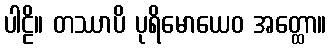
ပါဠိ။ တဿာပိ ပုရိမောယေဝ အတ္ထော။